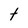
Character: t